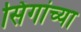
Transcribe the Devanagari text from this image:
सिंगांच्या